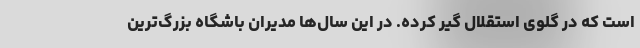
است که در گلوی استقلال گیر کرده. در این سال‌ها مدیران باشگاه بزرگ‌ترین